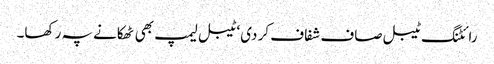
رائٹنگ ٹیبل صاف شفاف کر دی‘ ٹیبل لیمپ بھی ٹھکانے پہ رکھا۔